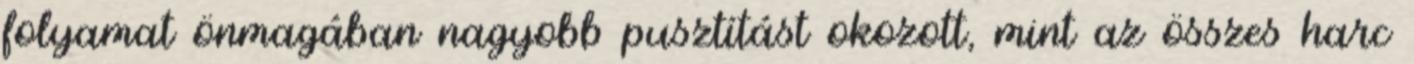
folyamat önmagában nagyobb pusztítást okozott, mint az összes harc